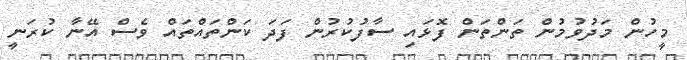
މީހުން މަދުވުމުން ތަންތަން ފޮޅައި ސާފުކުރުން ފަދަ ކަންތައްތައް ވެސް އޭނާ ކުރަނީ